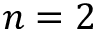
n = 2